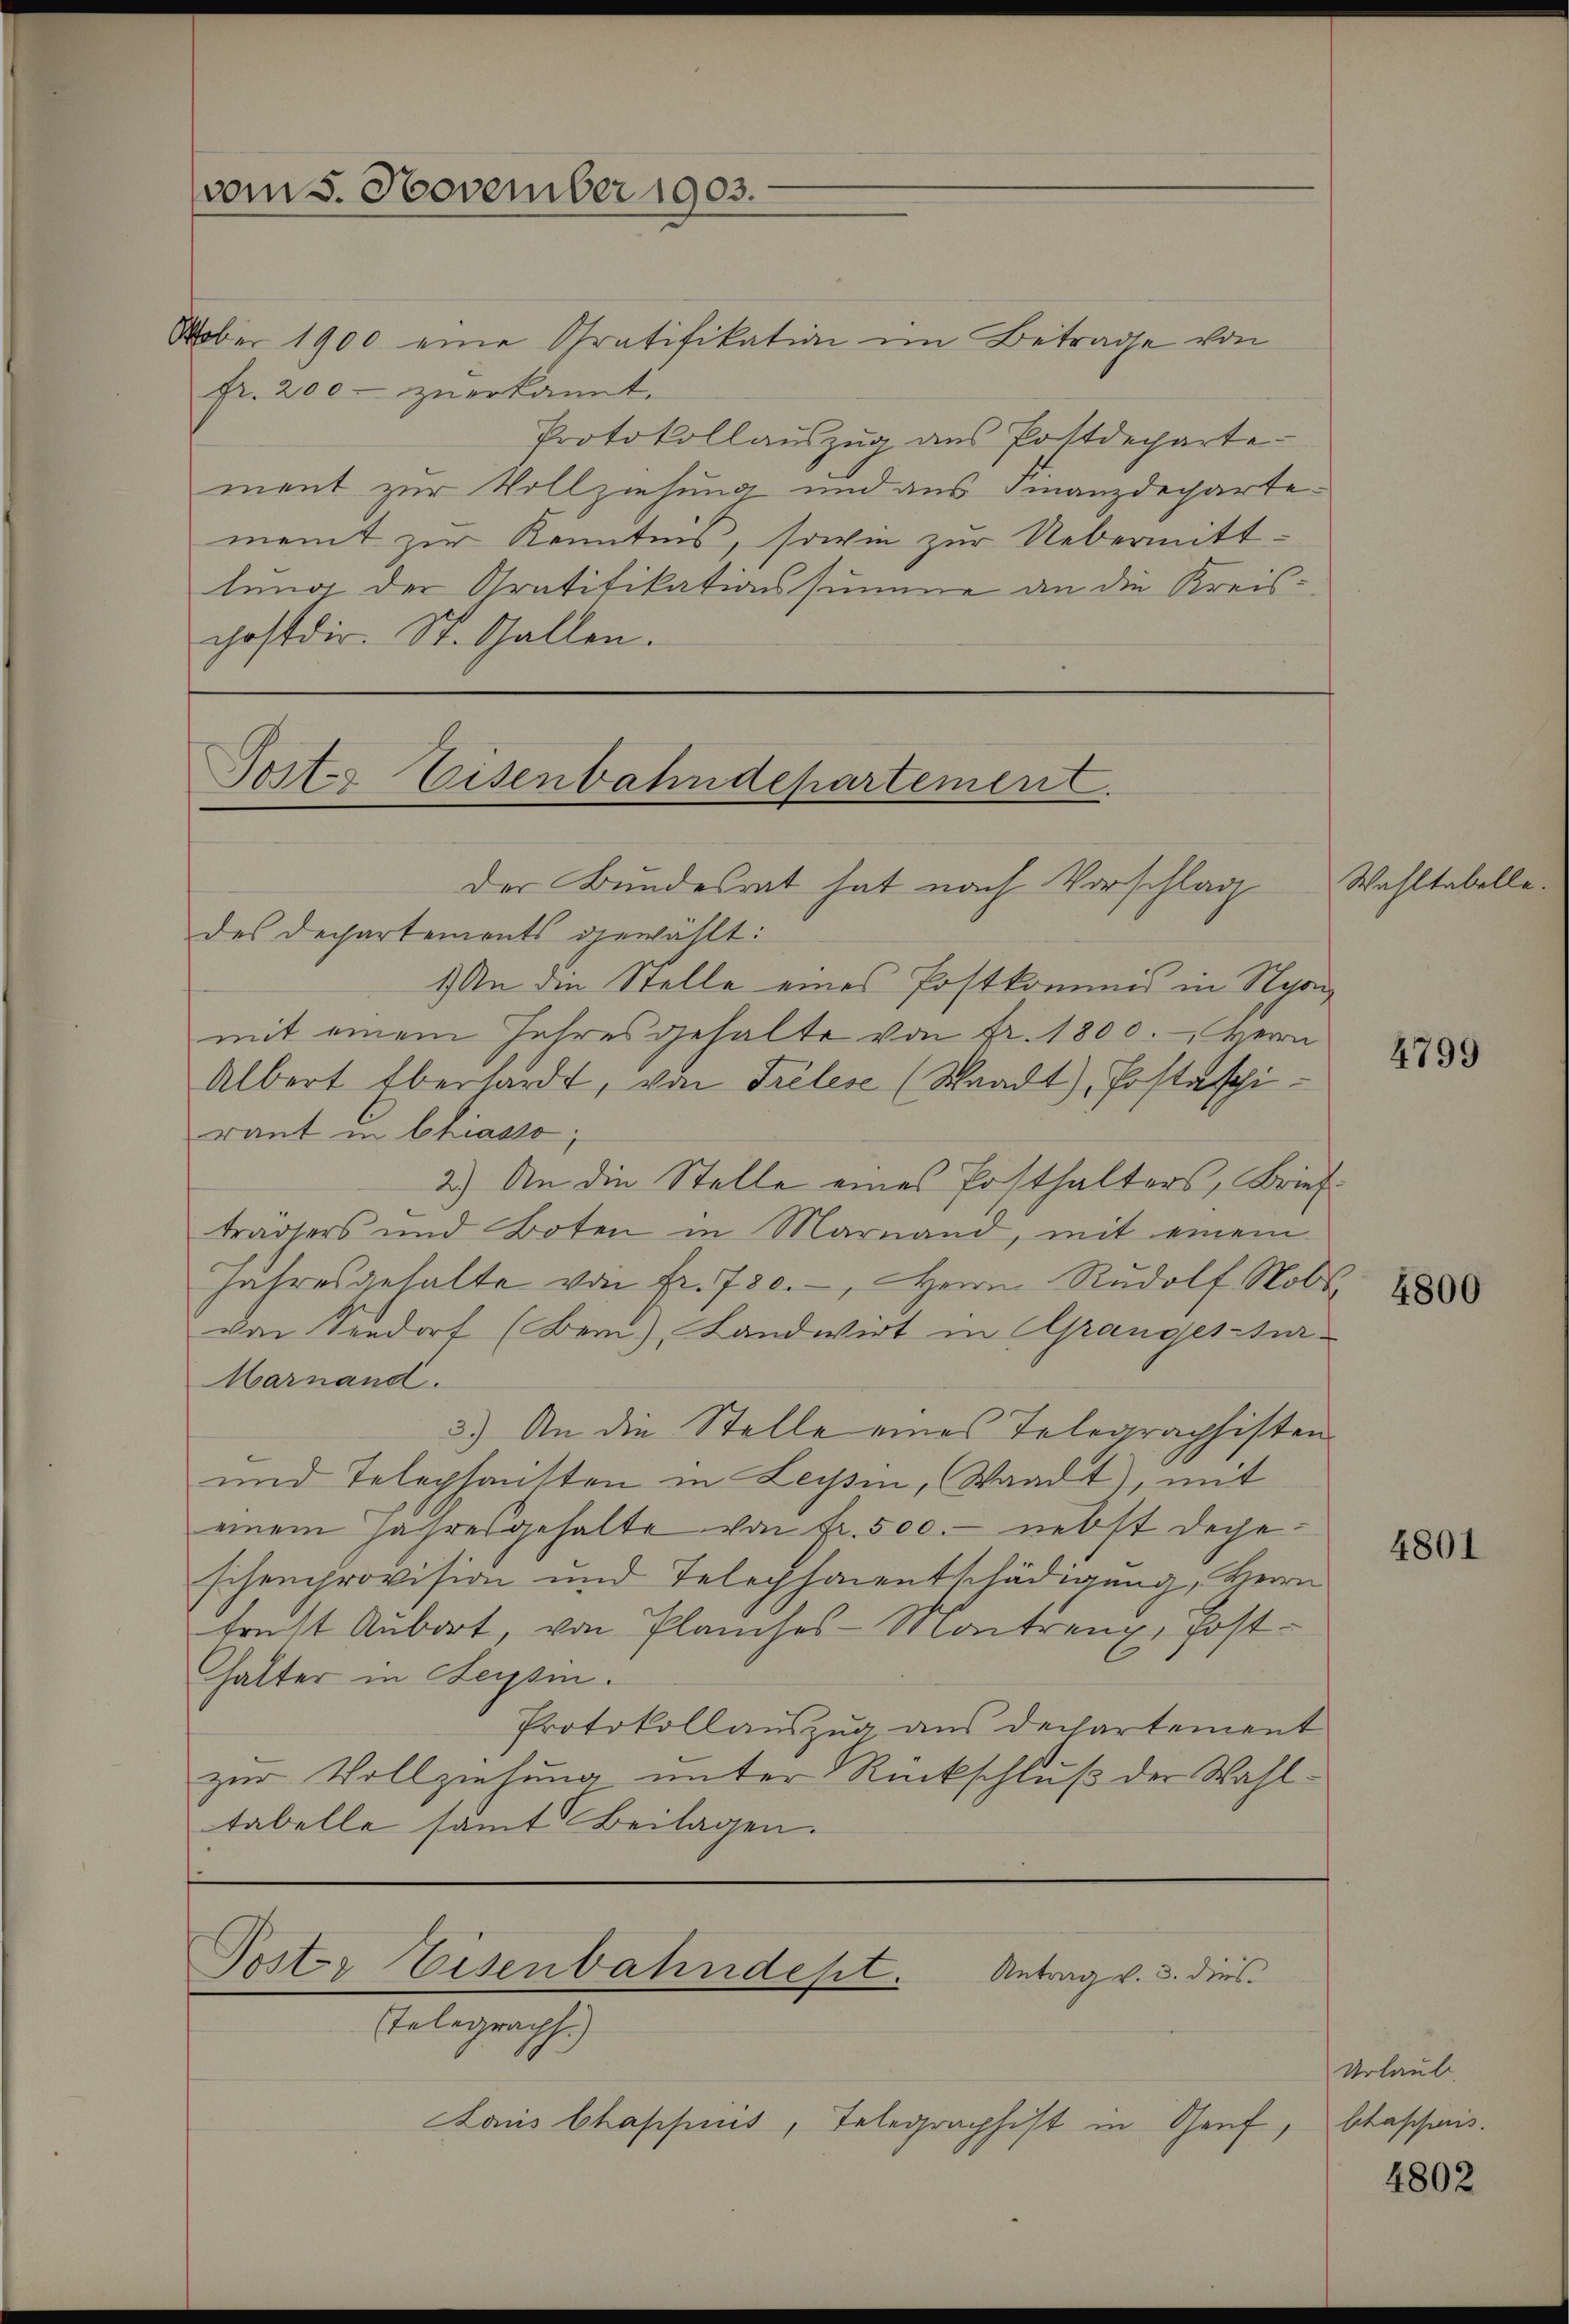
vom 5. November 1903.

Oober 1900 eine Gratifikation im Betrage von
Fr. 200 zu erkannt.
Protokollauszug aus Pottdecharte
ment zur Vollziehung und aus Finanzdecharte
meint zur Kenntnis, sowie zur Uebermittlung der Gratifikationssumme an die Kreiscostdir. St. Gallen.

Post. Eisenbahndepartement.
.
Der Bundesrat hat nach Vorschlag

des Dechartements gewählt:
1) An die Stelle eines Postkommis in Nyon
mit einem Jahresgehalte von Fr. 1800. Herrn
Albert Eberhardt, von Trölese (Waadt), Postaschiraut in Chiasso,
2.) An die Stelle eines Posthalters, Briefträgers und Boten in Mariand, mit einem
Jahresgehalte von Fr. 730.-, Herrn Rudolf Nob
von Seedorf (Bein), Landwirt in Grangester¬
Marnand.
3.) An die Stelle eines Telegraphisten
und Telephansten in Leysin, Waadt, mit
einem jahresgehalte von Fr. 500. nebst dageschenprovision und Telephanentschädigung, Herrn
frest Aubort, von Planches-Montreng, posthalter in Tessin.
Protokollauszug aus dechartement
zur Vollziehung unter Rückschluß der Wahltabelle samt Beilagen.

Poster Eisenbahndest. Antrag v. 3. dies
Telegraph.)

Laus Chaschius, Telegraphist in Genf

Wahltabelle.

t

4799

4800

4801

Urlaub
Chassaris.

4802